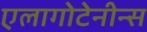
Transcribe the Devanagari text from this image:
एलागोटेनीन्स